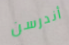
أندرسن